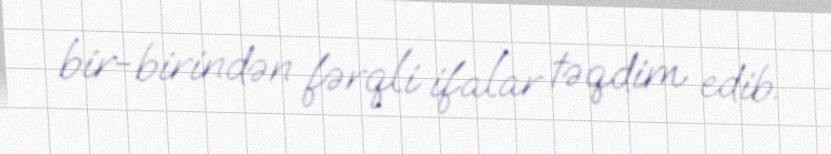
bir-birindən fərqli ifalar təqdim edib.